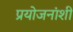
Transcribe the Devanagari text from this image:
प्रयोजनांशी